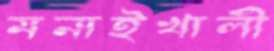
মনাইখালী